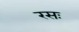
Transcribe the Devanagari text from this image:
रसः